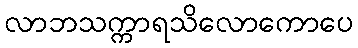
လာဘသက္ကာရသိလောကောပေ